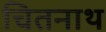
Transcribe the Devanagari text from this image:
चितनाथ